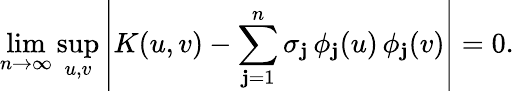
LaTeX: \operatorname*{lim}_{n\to\infty}\operatorname*{sup}_{u,v}\left|K(u,v)-\sum_{\mathbf{j}=1}^{n}\sigma_{\mathbf{j}}\, \phi_{\mathbf{j}}(u)\, \phi_{\mathbf{j}}(v)\right|=0.